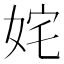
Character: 姹